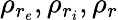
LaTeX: \rho_{r_{e}},\rho_{r_{i}},\rho_{r}